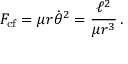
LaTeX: F _ { \mathrm { c f } } = \mu r { \dot { \theta } } ^ { 2 } = { \frac { \ell ^ { 2 } } { \mu r ^ { 3 } } } \, .